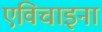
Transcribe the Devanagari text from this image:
एविचाइना